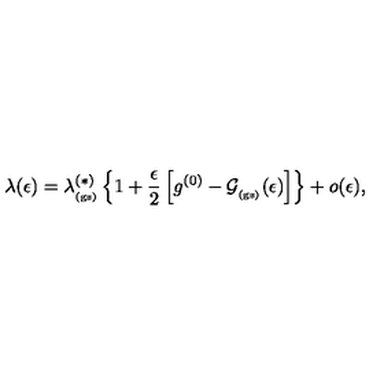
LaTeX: \lambda ( \epsilon ) = \lambda _ { _ \mathrm { ( g s ) } } ^ { ( \ast ) } \left\{ 1 + \frac { \epsilon } { 2 } \left[ g ^ { ( 0 ) } - { \mathcal G } _ { _ \mathrm { ( g s ) } } ( \epsilon ) \right] \right\} + o ( \epsilon ) ,